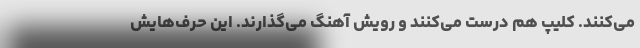
می‌کنند. کلیپ هم درست می‌کنند و رویش آهنگ می‌گذارند. این حرف‌هایش